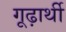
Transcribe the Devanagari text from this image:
गूढ़ार्थी